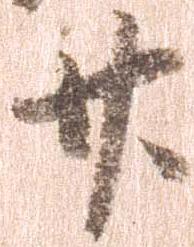
廿